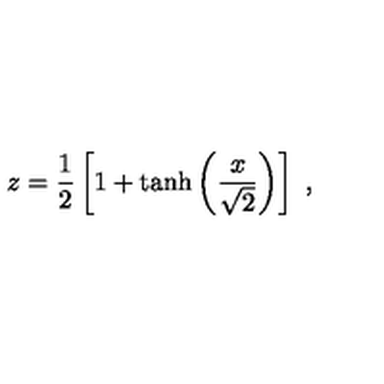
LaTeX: z = { \frac { 1 } { 2 } } \left[ 1 + \tanh \left( { \frac { x } { \sqrt { 2 } } } \right) \right] \ ,